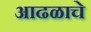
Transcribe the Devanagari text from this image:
आढळाचे